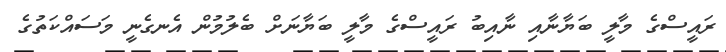
ރައީސްގެ މާލީ ބަޔާނާއި ނާއިބު ރައީސްގެ މާލީ ބަޔާނަށް ބެލުމުން އެނގެނީ މަސައްކަތުގެ